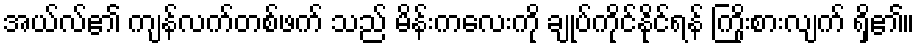
အယ်လ်၏ ကျန်လက်တစ်ဖက် သည် မိန်းကလေးကို ချုပ်ကိုင်နိုင်ရန် ကြိုးစားလျက် ရှိ၏။